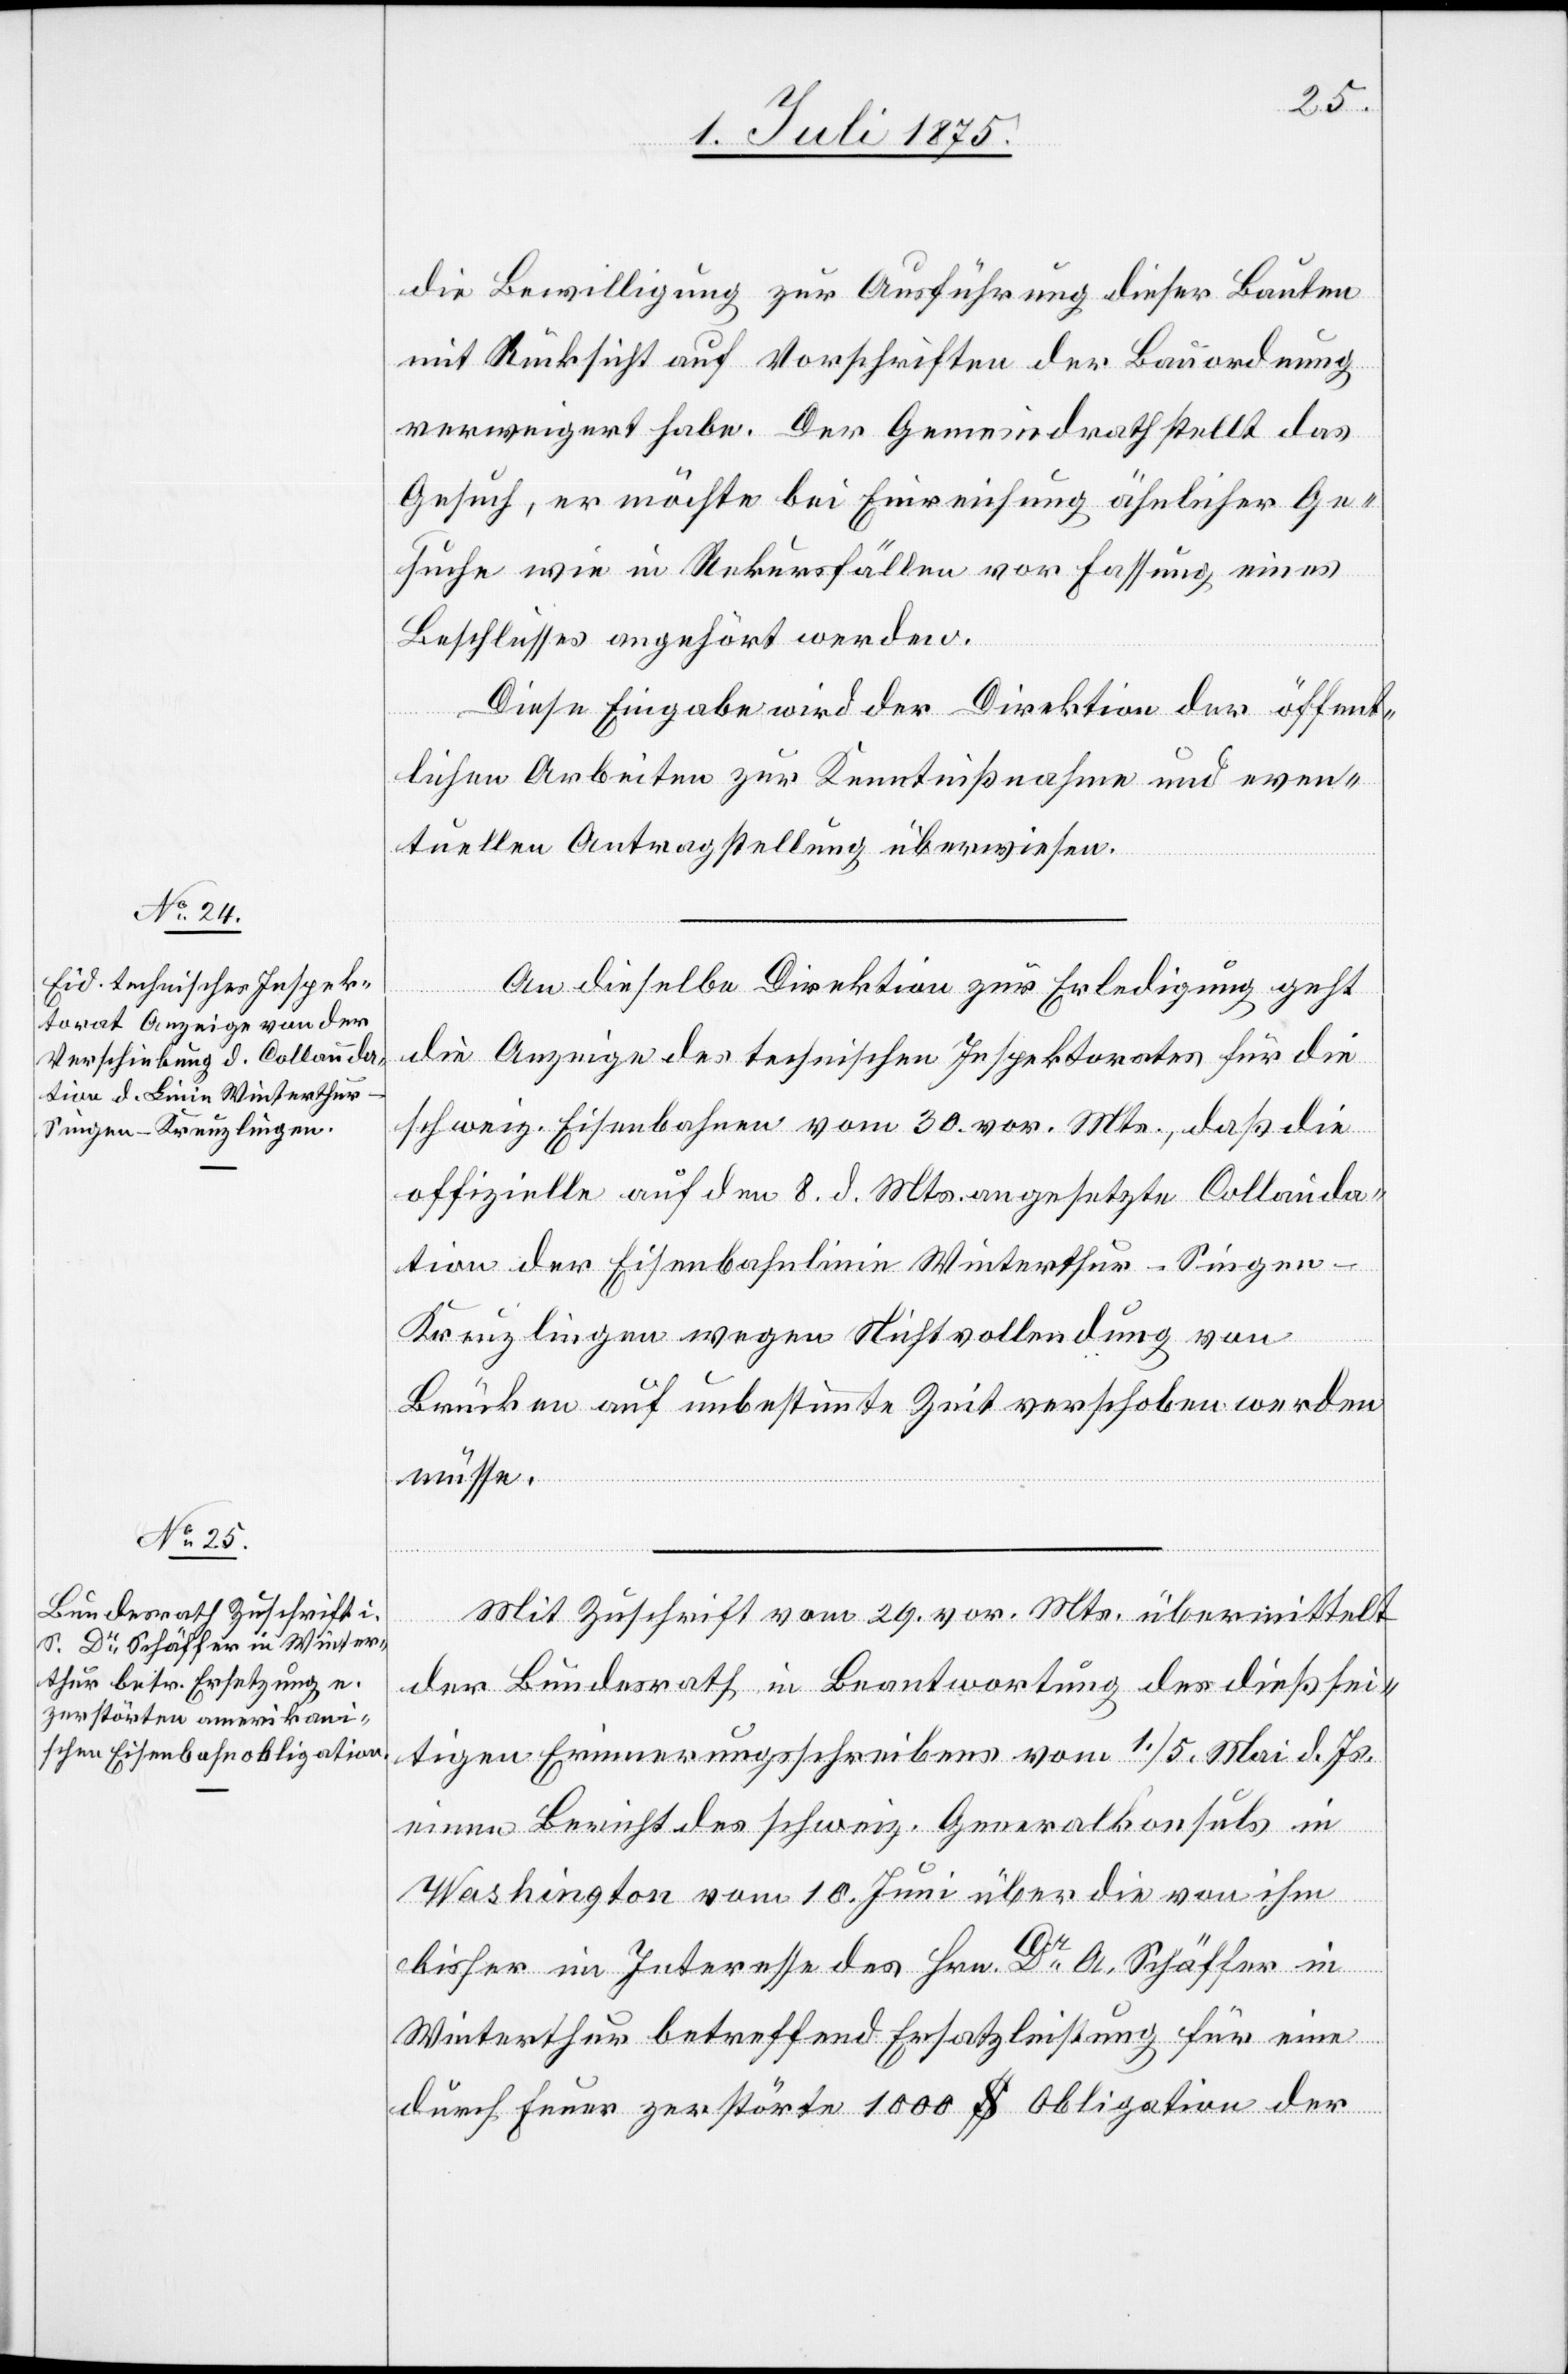
2. Juli 1875.]
die Bewilligung zur Ausführung dieser Bauten
mit Rücksicht auf Vorschriften der Bauordnung
verweigert habe. Der Gemeindrath stellt das
Gesuch, er möchte bei Einreichung ähnlicher Ge¬
suche wie in Rekursfällen vor Fassung eines
Beschlusses angehört werden.
[Fortsetzung
Diese Eingabe wird der Direktion der öffent¬
lichen Arbeiten zur Kenntnißnahme und even¬
tuellen Antragstellung überwiesen.
An dieselbe Direktion zur Erledigung geht
die Anzeige des technischen Inspektorates für die
schweiz. Eisenbahnen vom 30. vor. Mts., daß die
offizielle auf den 8. d. Mts. angesetzte Collauda¬
tion der Eisenbahnlinie Winterthur–Singen–K¬
reuzlingen wegen Nichtvollendung von
Brücken auf unbestimmte Zeit verschoben werden
müsse.
Mit Zuschrift vom 29. vor. Mts. übermittelt
der Bundesrath in Beantwortung des dießsei¬
tigen Erinnerungsschreibens vom 1./5. Mai d. Js.
einen Bericht des schweiz. Generalkonsuls in
Washington vom 10. Juni über die von ihm
bisher im Interesse des Hrn. Dr Schäffer in
Winterthur betreffend Ersatzleistung für eine
durch Feuer zerstörte 1000 $ Obligation der